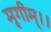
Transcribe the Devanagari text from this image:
मृगीम्।।